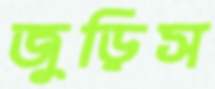
জুড়িস